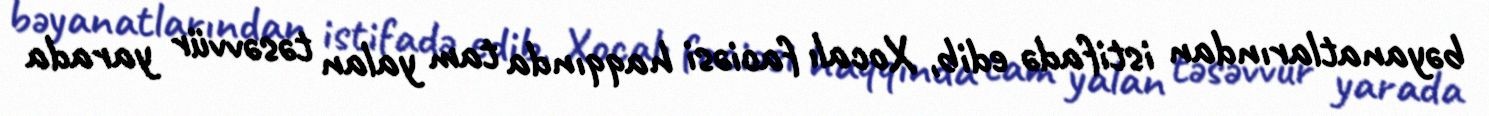
bəyanatlarından istifadə edib, Xocalı faciəsi haqqında tam yalan təsəvvür yarada